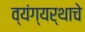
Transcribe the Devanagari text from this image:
व्यंग्यर्थाचे